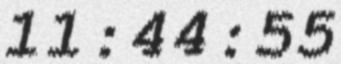
11:44:55